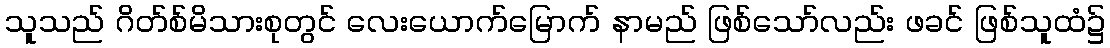
သူသည် ဂိတ်စ်မိသားစုတွင် လေးယောက်မြောက် နာမည် ဖြစ်သော်လည်း ဖခင် ဖြစ်သူထံ၌